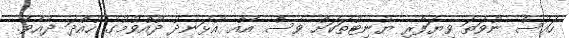
ހައުސް ނުވަތަ ވިޔަފާރި ޔުނިޓުތަކަށް ވެސް އެއް އުޅަނދު ދުއްވުމުގެ ހުއްދަ ދެއެވެ.